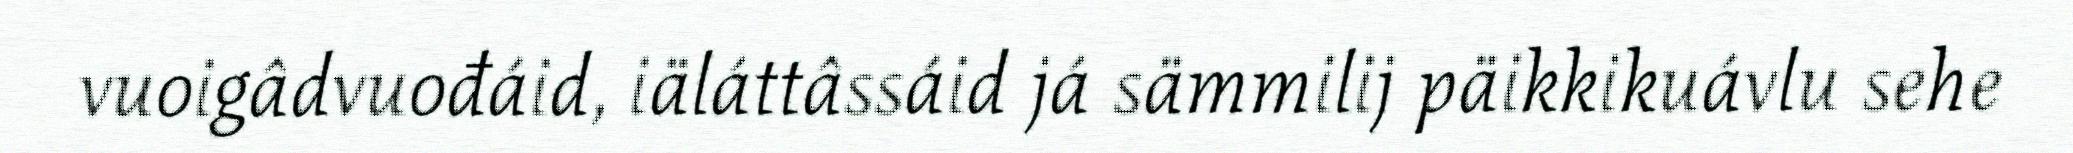
vuoigâdvuođáid, iäláttâssáid já sämmilij päikkikuávlu sehe